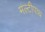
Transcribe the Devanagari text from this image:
मल्टीपाथ